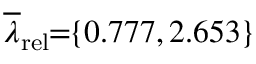
\! \! \! \overline { { \lambda } } _ { \mathrm { { r e l } } } \! \! = \! \! \{ 0 . 7 7 7 , 2 . 6 5 3 \} \! \! \!